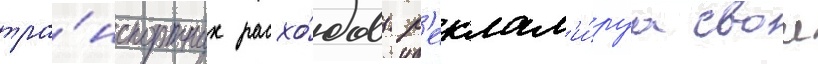
тра́нспортных расхо́дов. р'еклам'и́руа свои